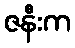
ဇနီးက